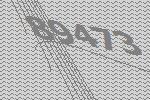
89473